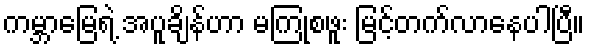
ကမ္ဘာမြေရဲ့ အပူချိန်ဟာ မကြုံစဖူး မြင့်တက်လာနေပါပြီ။